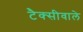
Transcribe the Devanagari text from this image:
टैक्सीवाले